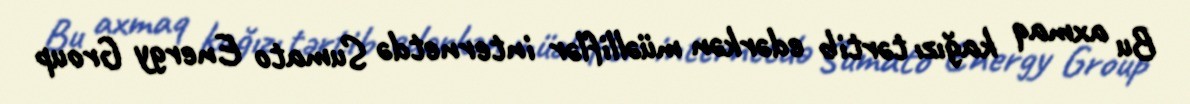
Bu axmaq kağızı tərtib edərkən müəlliflər internetdə Sumato Energy Group